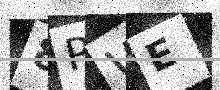
Text: 8PWE